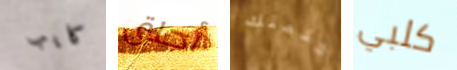
كايب أحلق خدمتك كلبي